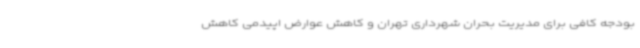
بودجه کافی برای مدیریت بحران شهرداری تهران و کاهش عوارض اپیدمی کاهش